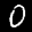
Label: 0